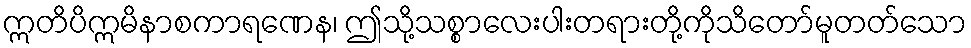
ဣတိပိဣမိနာစကာရဏေန၊ ဤသို့သစ္စာလေးပါးတရားတို့ကိုသိတော်မူတတ်သော